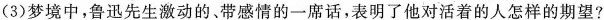
(3)梦境中，鲁迅先生激动的，带感情的一席话，表明了他对活着的人怎样的期望?